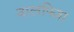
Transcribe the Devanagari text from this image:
वालफिश